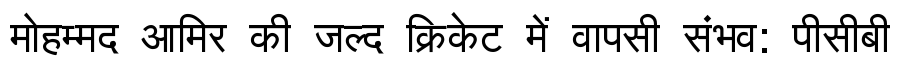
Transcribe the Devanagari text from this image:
मोहम्मद आमिर की जल्द क्रिकेट में वापसी संभव: पीसीबी